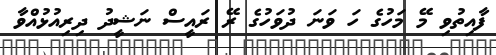
ފާއިތުވި މޭ މަހުގެ ހަ ވަނަ ދުވަހުގެ ރޭ ރައީސް ނަޝީދު ދިރިއުޅުއްވާ